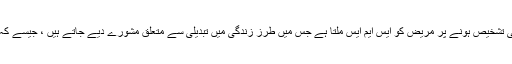
ذیابیطس کی دہلیز پر پہنچنے یا اس کی تشخیص ہونے پر مریض کو ایس ایم ایس ملتا ہے جس میں طرزِ زندگی میں تبدیلی سے متعلق مشورے دیے جاتے ہیں ، جیسے کہ بہتر کھانا ، زیادہ ورزش کرنا وغیرہ۔